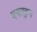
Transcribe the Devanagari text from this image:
एकाहुन